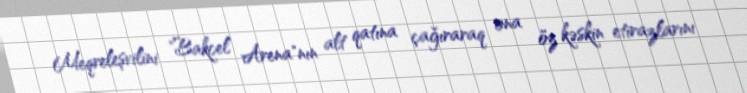
Meqreleşvilini "Bakcel Arena"nın alt qatına çağıraraq ona öz kəskin etirazlarını